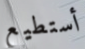
أستطيع